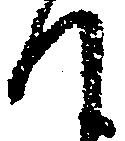
て